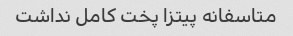
متاسفانه پیتزا پخت کامل نداشت